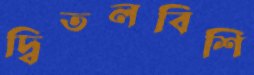
দ্বিতলবিশি